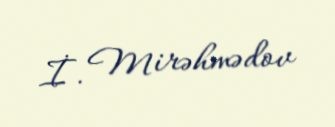
İ. Mirəhmədov